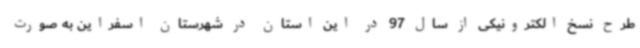
طرح نسخ الکترونیکی از سال 97 در این استان در شهرستان اسفراین به صورت